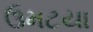
ઉમટયા